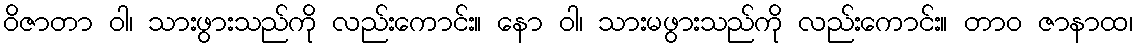
ဝိဇာတာ ဝါ၊ သားဖွားသည်ကို လည်းကောင်း။ နော ဝါ၊ သားမဖွားသည်ကို လည်းကောင်း။ တာဝ ဇာနာထ၊